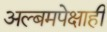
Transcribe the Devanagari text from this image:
अल्बमपेक्षाही